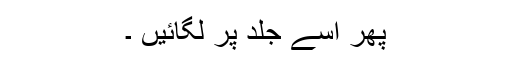
پھر اسے جلد پر لگائیں ۔